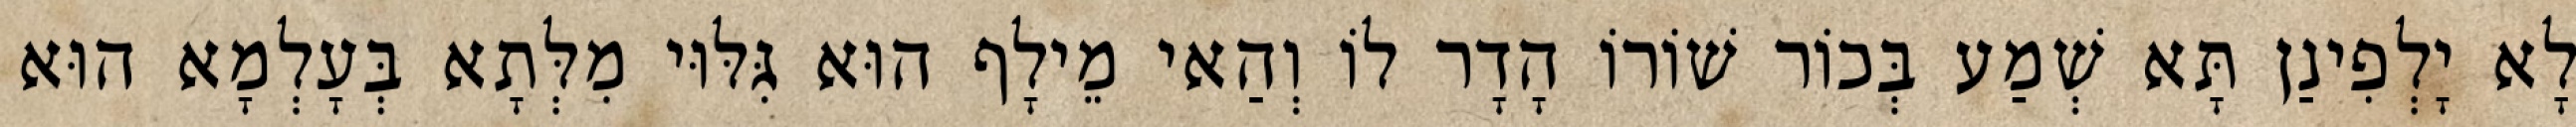
לָא יָלְפִינַן תָּא שְׁמַע בְּכוֹר שׁוֹרוֹ הָדָר לוֹ וְהַאי מֵילָף הוּא גִּלּוּי מִלְּתָא בְּעָלְמָא הוּא